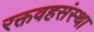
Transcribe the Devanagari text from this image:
रक्तवहसंस्था